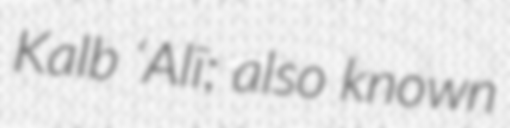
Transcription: Kalb ‘Alī; also known